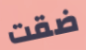
ضقت